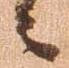
々